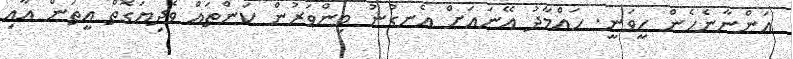
އަންނާނެހެން ހީވަނީ. ހައްމާދު އޭނައަށް އެނގުނު މިންވަރުން ކަންތައް ވެދިޔަގޮތް އީތަން އާއި